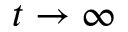
t \rightarrow \infty